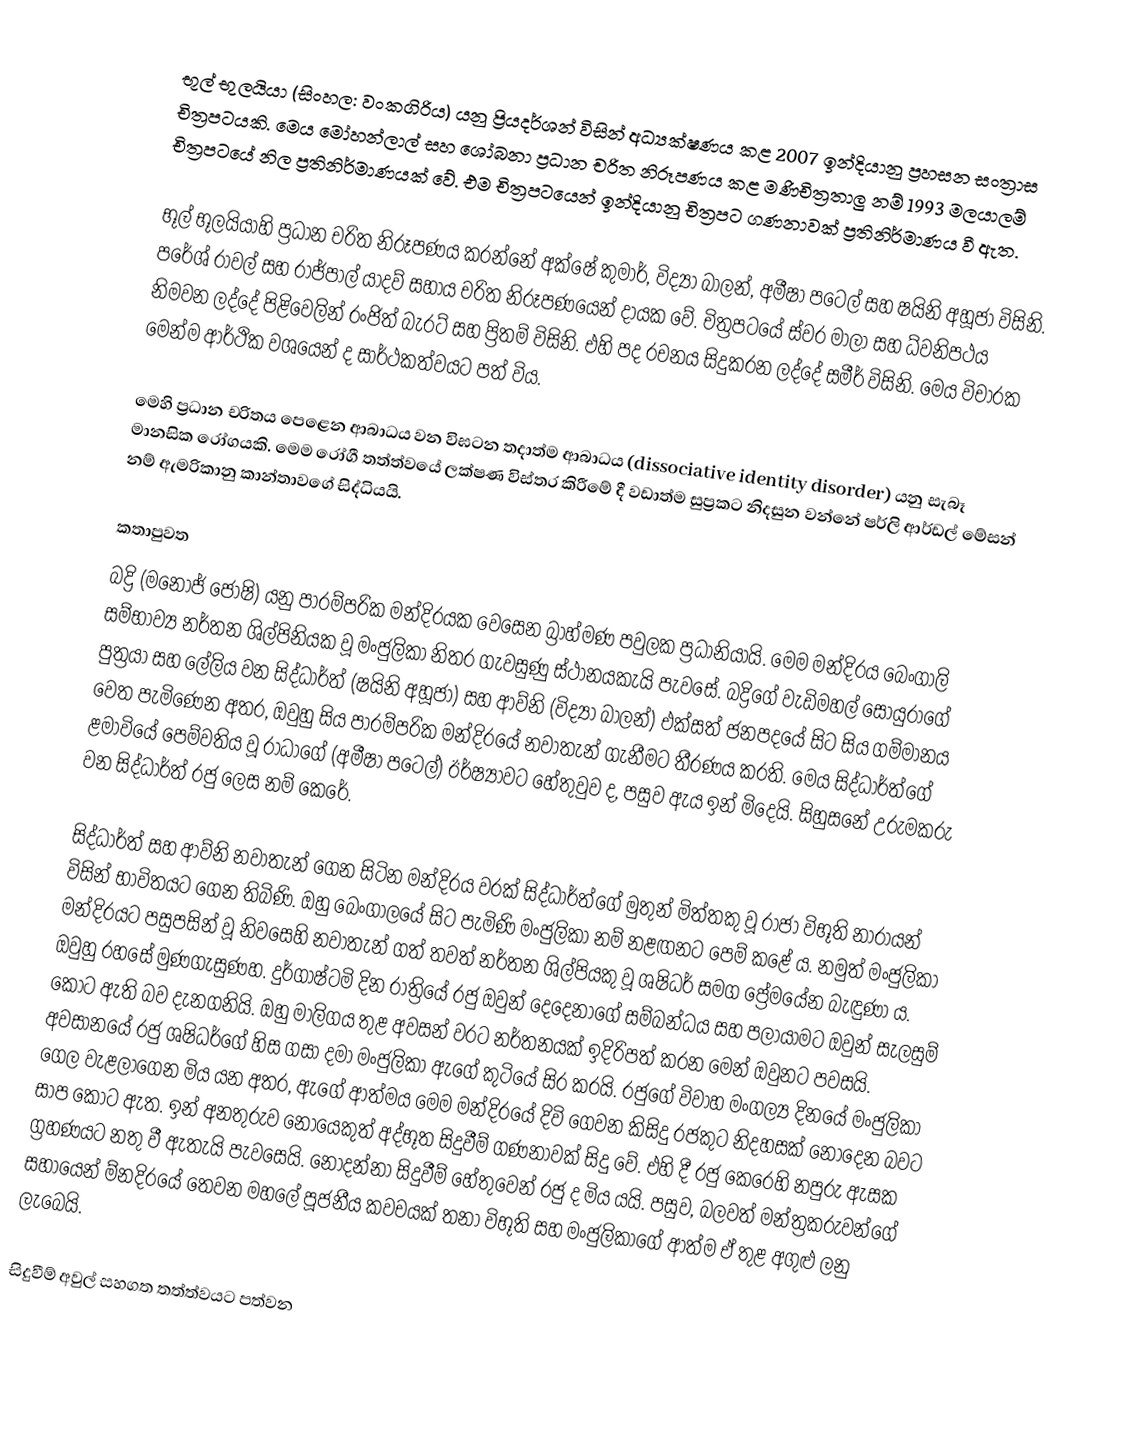
භූල් භුලයියා (සිංහල: වංකගිරිය) යනු ප්‍රියදර්ශන් විසින් අධ්‍යක්ෂණය කළ 2007 ඉන්දියානු ප්‍රහසන සංත්‍රාස චිත්‍රපටයකි. මෙය මෝහන්ලාල් සහ ශෝබනා ප්‍රධාන චරිත නිරූපණය කළ මණිචිත්‍රතාලු නම් 1993 මලයාලම් චිත්‍රපටයේ නිල ප්‍රතිනිර්මාණයක් වේ. එම චිත්‍රපටයෙන් ඉන්දියානු චිත්‍රපට ගණනාවක් ප්‍රතිනිර්මාණය වී ඇත.

භූල් භූලයියාහි ප්‍රධාන චරිත නිරූපණය කරන්නේ අක්ෂේ කුමාර්, විද්‍යා බාලන්, අමීෂා පටෙල් සහ ෂයිනි අහූජා විසිනි. පරේශ් රාවල් සහ රාජ්පාල් යාදව් සහාය චරිත නිරූපණයෙන් දායක වේ. චිත්‍රපටයේ ස්වර මාලා සහ ධ්වනිපථය නිමවන ලද්දේ පිළිවෙලින් රංජිත් බැරට් සහ ප්‍රිතම් විසිනි. එහි පද රචනය සිදුකරන ලද්දේ සමීර් විසිනි. මෙය විචාරක මෙන්ම ආර්ථික වශයෙන් ද සාර්ථකත්වයට පත් විය.

මෙහි ප්‍රධාන චරිතය පෙළෙන ආබාධය වන විඝටන තදාත්ම ආබාධය (dissociative identity disorder) යනු සැබෑ මානසික රෝගයකි. මෙම රෝගී තත්ත්වයේ ලක්ෂණ විස්තර කිරීමේ දී වඩාත්ම සුප්‍රකට නිදසුන වන්නේ ෂර්ලි ආර්ඩල් මේසන් නම් ඇමරිකානු කාන්තාවගේ සිද්ධියයි.

කතාපුවත
බද්‍රි (මනෝජ් ජෝෂි) යනු පාරම්පරික මන්දිරයක වෙසෙන බ්‍රාහ්මණ පවුලක ප්‍රධානියායි. මෙම මන්දිරය බෙංගාලි සම්භාව්‍ය නර්තන ශිල්පිනියක වූ මංජුලිකා නිතර ගැවසුණු ස්ථානයකැයි පැවසේ. බද්‍රිගේ වැඩිමහල් සොයුරාගේ පුත්‍රයා සහ ලේලිය වන සිද්ධාර්ත් (ෂයිනි අහූජා) සහ ආව්නි (විද්‍යා බාලන්) එක්සත් ජනපදයේ සිට සිය ගම්මානය වෙත පැමිණෙන අතර, ඔවුහු සිය පාරම්පරික මන්දිරයේ නවාතැන් ගැනීමට තීරණය කරති. මෙය සිද්ධාර්ත්ගේ ළමාවියේ පෙම්වතිය වූ රාධාගේ (අමීෂා පටෙල්) ඊර්ෂ්‍යාවට හේතුවුව ද, පසුව ඇය ඉන් මිදෙයි. සිහුසනේ උරුමකරු වන සිද්ධාර්ත් රජු ලෙස නම් කෙරේ.

සිද්ධාර්ත් සහ ආව්නි නවාතැන් ගෙන සිටින මන්දිරය වරක් සිද්ධාර්ත්ගේ මුතුන් මිත්තකු වූ රාජා විභූති නාරායන් විසින් භාවිතයට ගෙන තිබිණි. ඔහු බෙංගාලයේ සිට පැමිණි මංජුලිකා නම් නළඟනට පෙම් කළේ ය. නමුත් මංජුලිකා මන්දිරයට පසුපසින් වූ නිවසෙහි නවාතැන් ගත් තවත් නර්තන ශිල්පියකු වූ ශෂිධර් සමග ප්‍රේමයේන බැඳුණා ය. ඔවුහු රහසේ මුණගැසුණහ. දුර්ගාෂ්ටමි දින රාත්‍රියේ රජු ඔවුන් දෙදෙනාගේ සම්බන්ධය සහ පලායාමට ඔවුන් සැලසුම් කොට ඇති බව දැනගනියි. ඔහු මාලිගය තුළ අවසන් වරට නර්තනයක් ඉදිරිපත් කරන මෙන් ඔවුනට පවසයි. අවසානයේ රජු ශෂිධර්ගේ හිස ගසා දමා මංජුලිකා ඇගේ කුටියේ සිර කරයි. රජුගේ විවාහ මංගල්‍ය දිනයේ මංජුලිකා ගෙල වැළලාගෙන මිය යන අතර, ඇගේ ආත්මය මෙම මන්දිරයේ දිවි ගෙවන කිසිදු රජකුට නිදහසක් නොදෙන බවට සාප කොට ඇත. ඉන් අනතුරුව නොයෙකුත් අද්භූත සිදුවීම් ගණනාවක් සිදු වේ. එහි දී රජු කෙරෙහි නපුරු ඇසක ග්‍රහණයට නතු වී ඇතැයි පැවසෙයි. නොදන්නා සිදුවීම් හේතුවෙන් රජු ද මිය යයි. පසුව, බලවත් මන්ත්‍රකරුවන්ගේ සහායෙන් ම්නදිරයේ තෙවන මහලේ පූජනීය කවචයක් තනා විභූති සහ මංජුලිකා‍ගේ ආත්ම ඒ තුළ අගුළු ලනු ලැබෙයි.

සිදුවීම් අවුල් සහගත තත්ත්වයට පත්වන